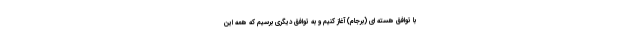
با توافق هسته ای (برجام) آغاز کنیم و به توافق دیگری برسیم که همه این